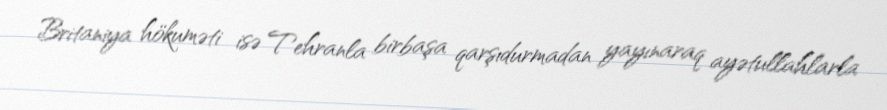
Britaniya hökuməti isə Tehranla birbaşa qarşıdurmadan yayınaraq ayətullahlarla